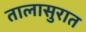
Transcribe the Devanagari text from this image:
तालासुरात